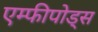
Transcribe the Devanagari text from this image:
एम्फीपोड्स